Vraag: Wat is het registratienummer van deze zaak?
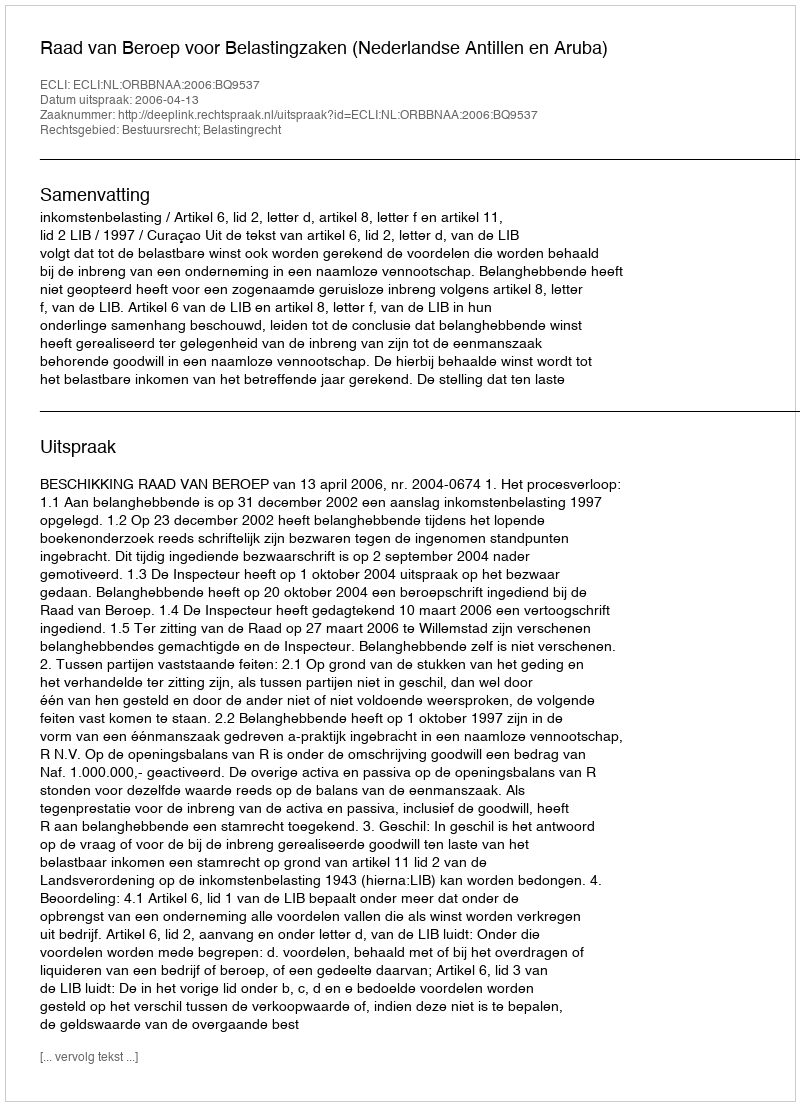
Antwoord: http://deeplink.rechtspraak.nl/uitspraak?id=ECLI:NL:ORBBNAA:2006:BQ9537